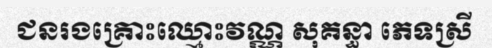
ជនរងគ្រោះឈ្មោះវណ្ណ សុគន្ធា ភេទស្រី